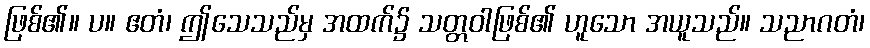
ဖြစ်၏။ ပ။ ဧတံ၊ ဤသေသည်မှ အထက်၌ သတ္တဝါဖြစ်၏ ဟူသော အယူသည်။ သညာဂတံ၊